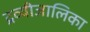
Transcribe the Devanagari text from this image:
द्रव्यीजालिका